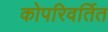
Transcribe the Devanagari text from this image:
कोपरिवर्तित